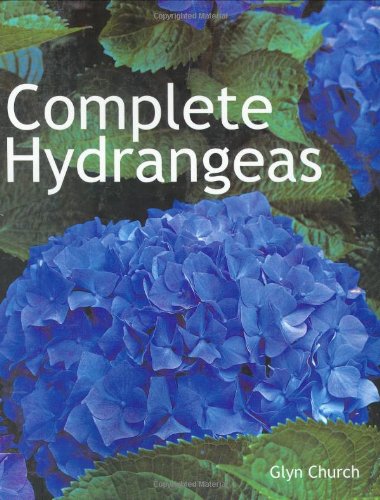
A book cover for Complete Hydrangeas; Glyn Church; Crafts, Hobbies & Home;